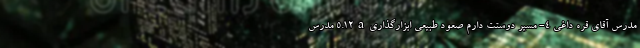
مدرس آقای قره داغی ۴- مسیر دوستت دارم صعود طبیعی ابزارگذاری۵.۱۲a مدرس